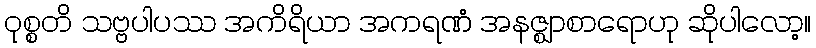
ဝုစ္စတိ သဗ္ဗပါပဿ အကိရိယာ အကရဏံ အနဇ္ဈာစာရောဟု ဆိုပါလော့။